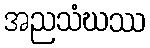
အညသံဃဿ